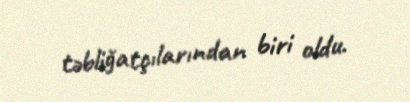
təbliğatçılarından biri oldu.